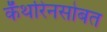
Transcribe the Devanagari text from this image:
कॅथरिनसोबत